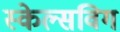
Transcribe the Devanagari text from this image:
स्केल्सविग